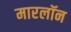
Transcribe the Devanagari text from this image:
मारलॉन